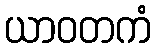
ယာဝတကံ